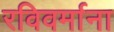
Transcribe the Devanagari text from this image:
रविवर्माना